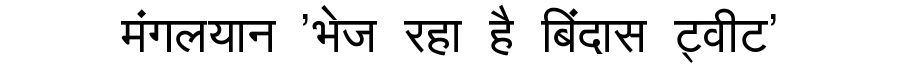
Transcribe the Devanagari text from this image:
मंगलयान 'भेज रहा है बिंदास ट्वीट'